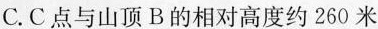
C.C点与山顶B的相对高度约260米